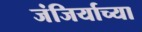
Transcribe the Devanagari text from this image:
जंजिर्याच्या